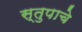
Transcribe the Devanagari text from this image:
स्तुपाचे